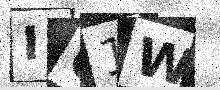
Text: I61W